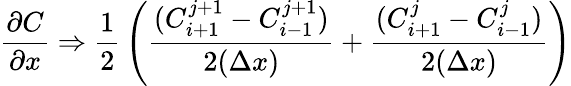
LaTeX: {\frac{\partial C}{\partial x}}\Rightarrow{\frac{1}{2}}\left({\frac{(C_{i+1}^{j+1}-C_{i-1}^{j+1})}{2(\Delta x)}}+{\frac{(C_{i+1}^{j}-C_{i-1}^{j})}{2(\Delta x)}}\right)